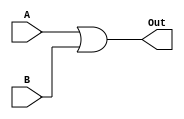
module propagateLA(A, B, Out);
    input A, B;
    output Out;

    assign Out = A | B;
endmodule